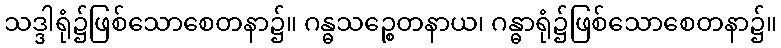
သဒ္ဒါရုံ၌ဖြစ်သောစေတနာ၌။ ဂန္ဓသဉ္စေတနာယ၊ ဂန္ဓာရုံ၌ဖြစ်သောစေတနာ၌။